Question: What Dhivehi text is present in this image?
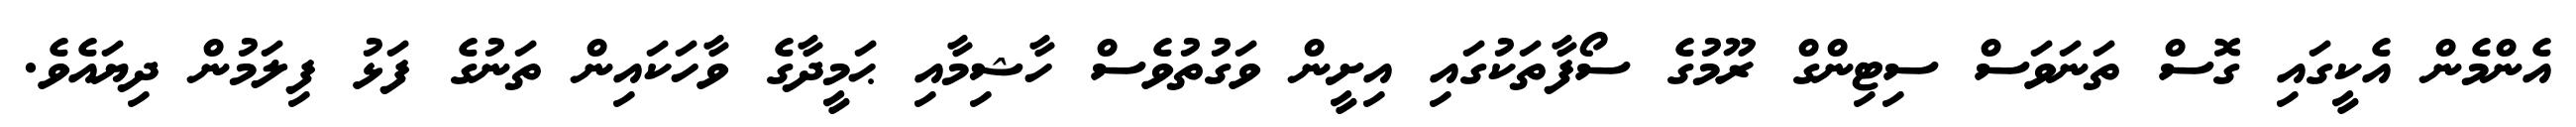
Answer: އެންމެން އެކީގައި ގޮސް ތަނަވަސް ސިޓިންގް ރޫމުގެ ސޯފާތަކުގައި އިށީން ވަގުތުވެސް ހާޝިމާއި ޙަމީދާގެ ވާހަކައިން ތަނުގެ ފަޅު ފިލަމުން ދިޔައެވެ.